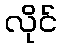
လိုင်